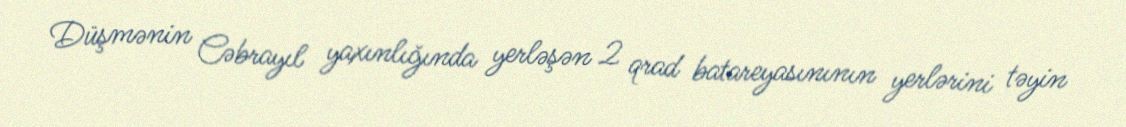
Düşmənin Cəbrayıl yaxınlığında yerləşən 2 qrad batareyasınının yerlərini təyin